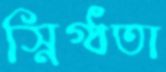
স্নিগ্ধতা